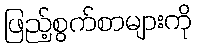
ဖြည့်စွက်စာများကို